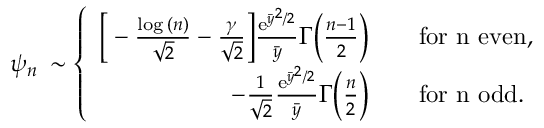
\psi _ { n } \, \sim \left\{ \begin{array} { r l } { \bigg [ - \frac { \log { ( n ) } } { \sqrt { 2 } } - \frac { \gamma } { \sqrt { 2 } } \bigg ] \frac { \mathrm { e } ^ { \bar { y } ^ { 2 } / 2 } } { \bar { y } } \Gamma \Big ( \frac { n - 1 } { 2 } \Big ) } & { \quad \mathrm { f o r ~ n ~ e v e n } , } \\ { - \frac { 1 } { \sqrt { 2 } } \frac { \mathrm { e } ^ { \bar { y } ^ { 2 } / 2 } } { \bar { y } } \Gamma \Big ( \frac { n } { 2 } \Big ) } & { \quad \mathrm { f o r ~ n ~ o d d } . } \end{array} \right.